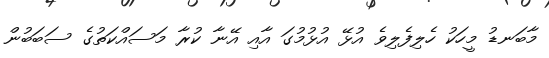
މާބަނޑު މީހަކު ހެލިފެލިވެ އުޅޭ އުޅުމުގަ އާއި އޭނާ ކުރާ މަސައްކަތުގެ ސަބަބުން